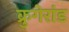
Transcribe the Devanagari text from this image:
क्रुगेरांड